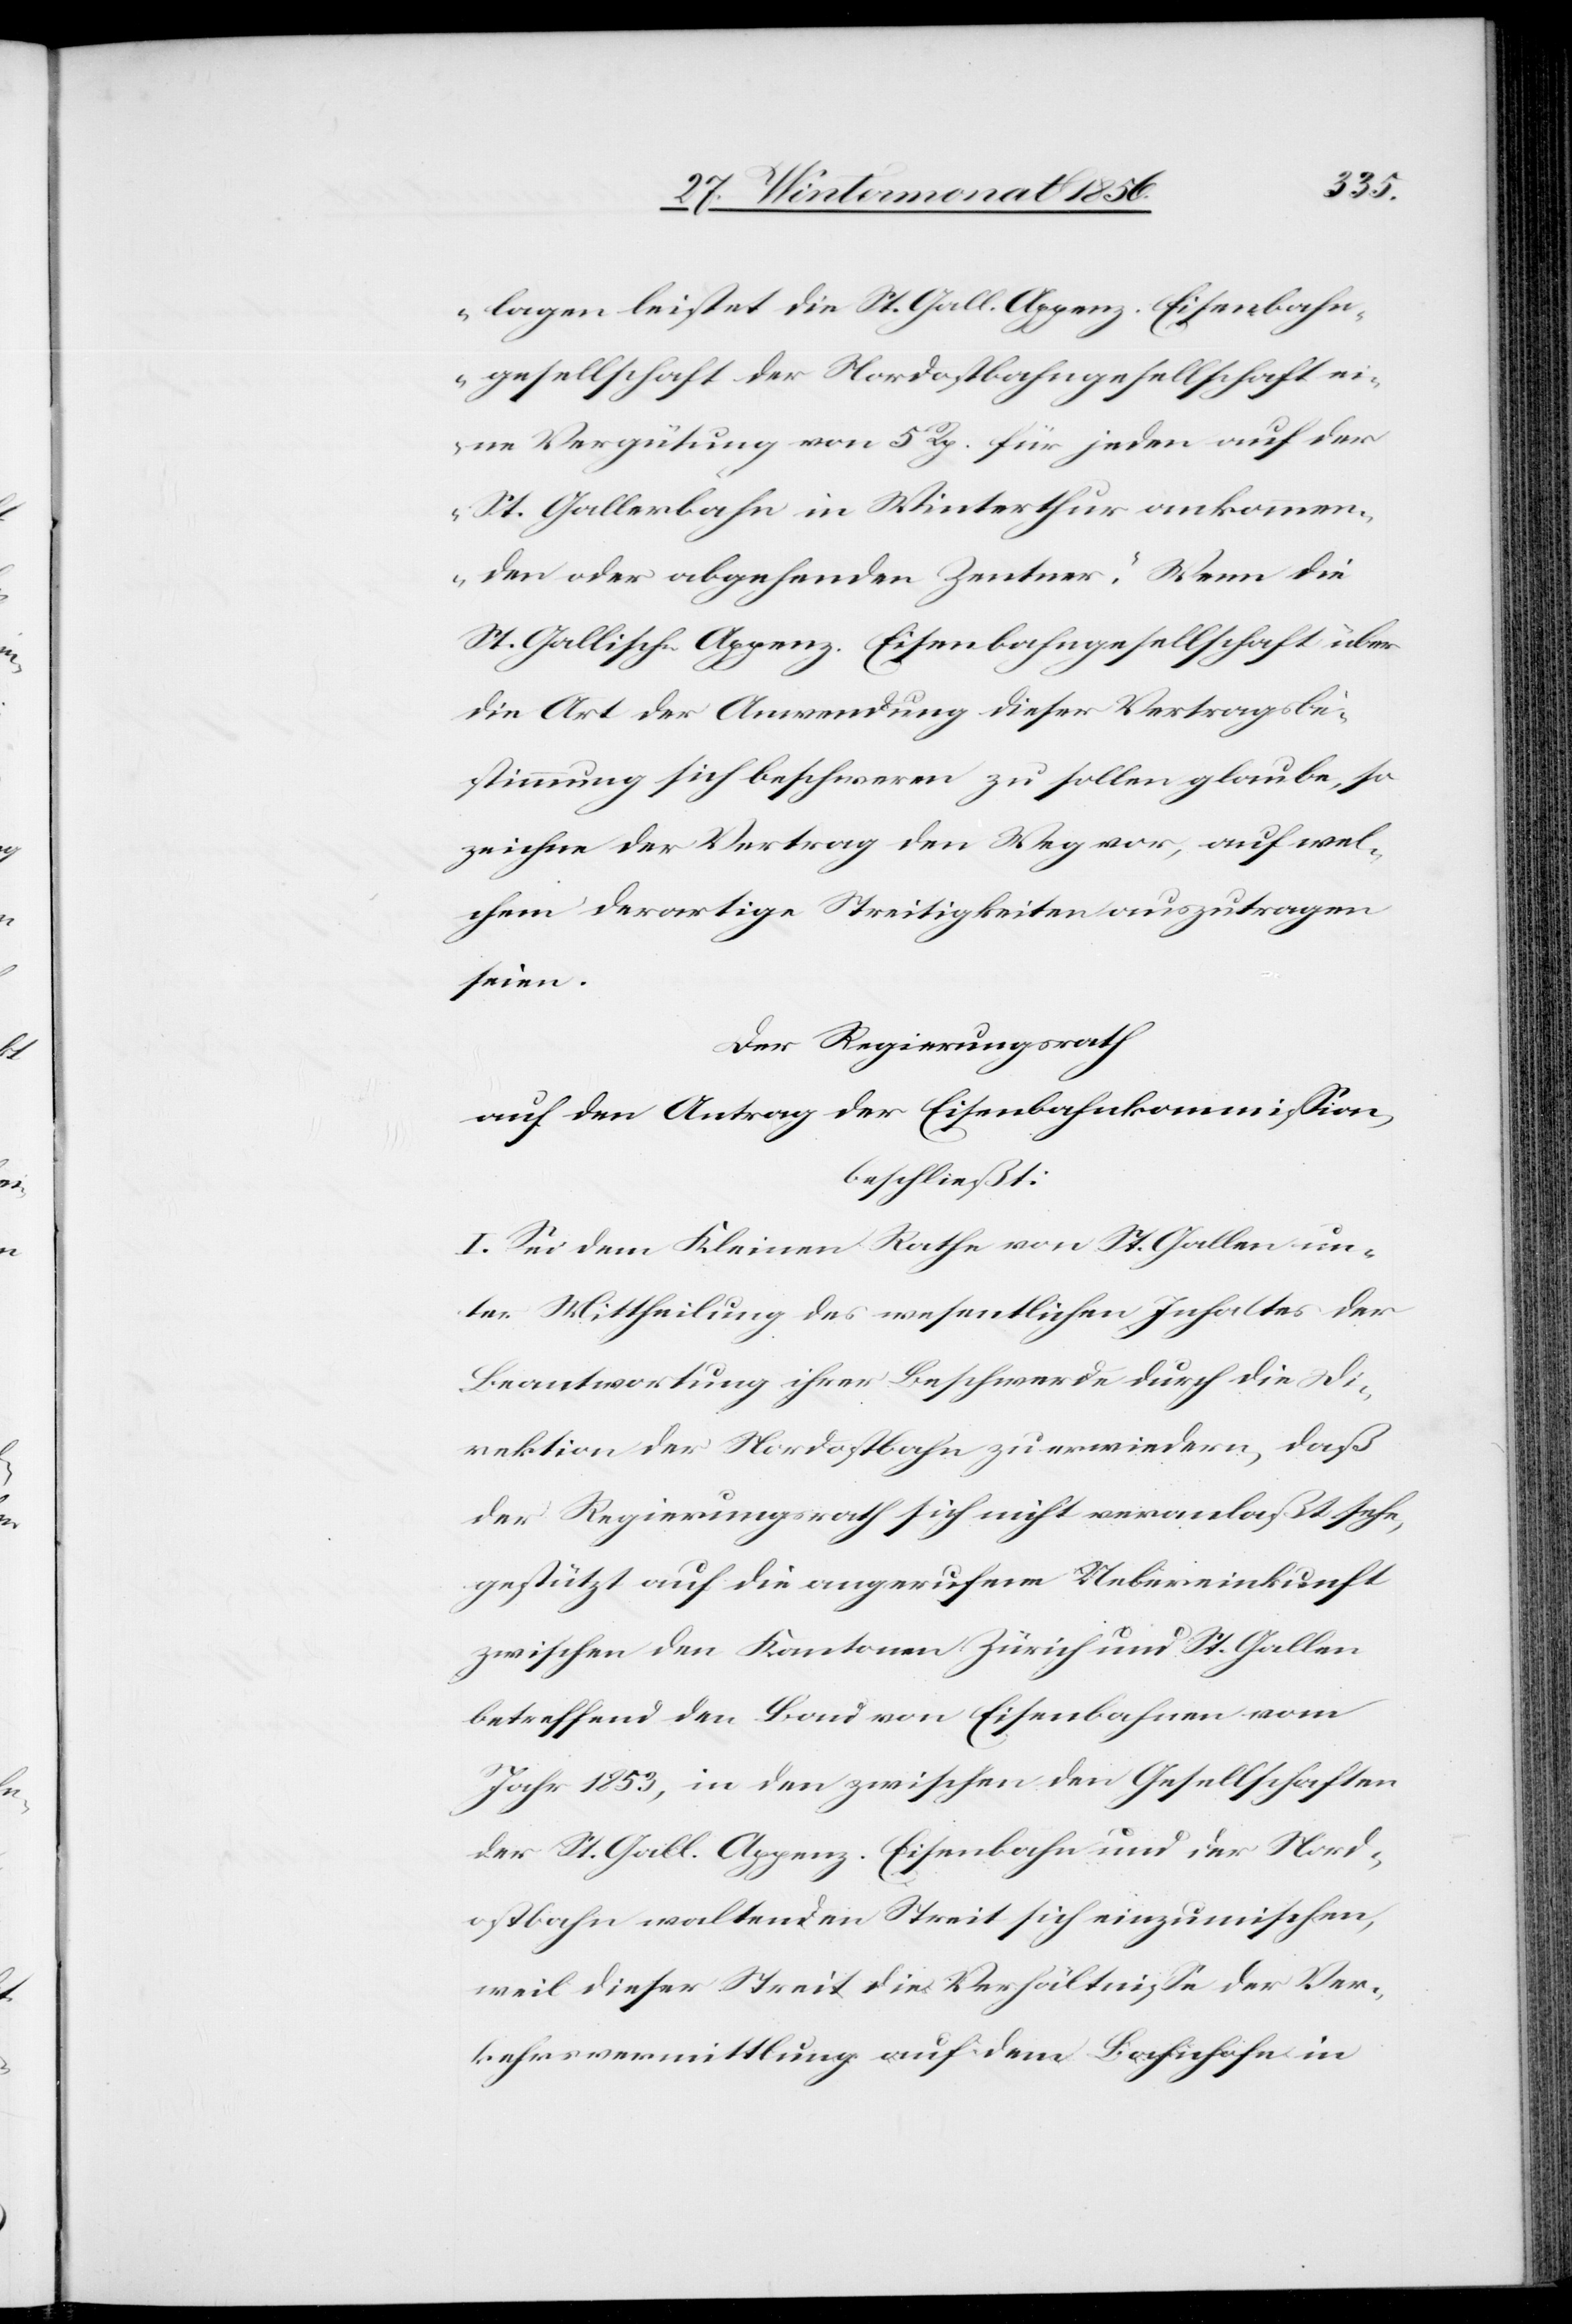
lagen leistet die St. Gall. Appenz. Eisenbahn¬
gesellschaft der Nordostbahngesellschaft ei¬
ne Vergütung von 5 Rp. für jeden auf der
St. Gallerbahn in Winterthur ankommen¬
den oder abgehenden Zentner.“ Wenn die
St. Gallisch-Appenz. Eisenbahngesellschaft über
die Art der Anwendung dieser Vertragsbe¬
stimmung sich beschweren zu sollen glaube, so
zeichne der Vertrag den Weg vor, auf wel¬
chem derartige Streitigkeiten auszutragen
seien.
Der Regierungsrath
auf den Antrag der Eisenbahnkommission,
beschließt:
I. Sei dem Kleinen Rathe von St. Gallen un¬
ter Mittheilung des wesentlichen Inhaltes der
Beantwortung ihrer Beschwerde durch die Di¬
rektion der Nordostbahn zu erwiedern, daß
der Regierungsrath sich nicht veranlaßt sehe,
gestützt auf die angerufene Uebereinkunft
zwischen den Kantonen Zürich und St. Gallen
betreffend den Bau von Eisenbahnen vom
Jahr 1853, in den zwischen den Gesellschaften
der St. Gall. Appenz. Eisenbahn und in der Nord¬
ostbahn waltenden Streit sich einzumischen,
weil dieser Streit die Verhältnisse der Ver¬
kehrsvermittlung auf dem Bahnhofe in